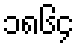
၁၈၆၄